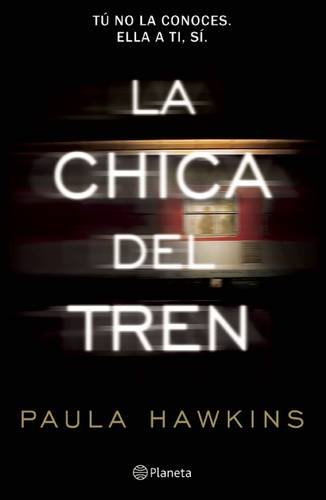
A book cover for La chica del tren (Spanish Edition); Paula Hawkins; Literature & Fiction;